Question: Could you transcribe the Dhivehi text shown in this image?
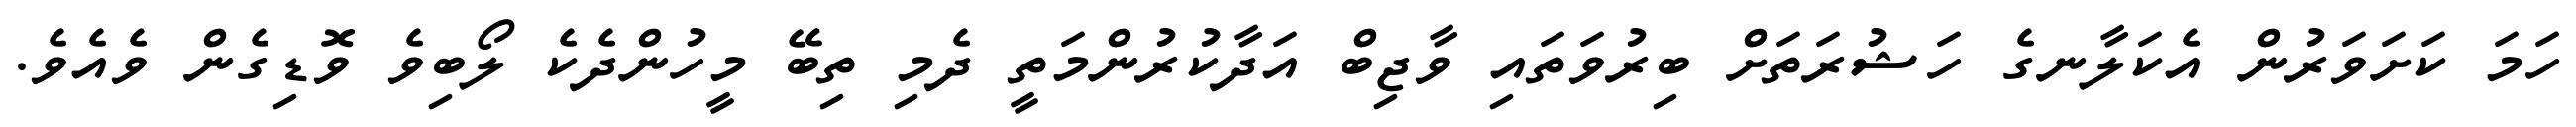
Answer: ހަމަ ކަށަވަރުން އެކަލާނގެ ހަޝުރަތަށް ބިރުވަތައި ވާޖިބް އަދާކުރުންމަތީ ދެމި ތިބޭ މީހުންދެކެ ލޯބިވެ ވޮޑިގެން ވެއެވެ.